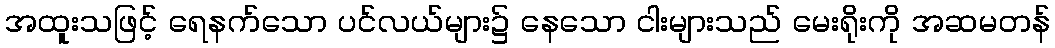
အထူးသဖြင့် ရေနက်သော ပင်လယ်များ၌ နေသော ငါးများသည် မေးရိုးကို အဆမတန်